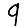
Digit: 9